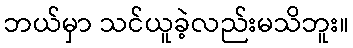
ဘယ်မှာ သင်ယူခဲ့လည်းမသိဘူး။